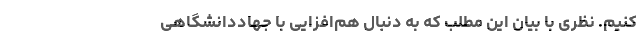
کنیم. نظری با بیان این مطلب که به دنبال هم‌افزایی با جهاددانشگاهی